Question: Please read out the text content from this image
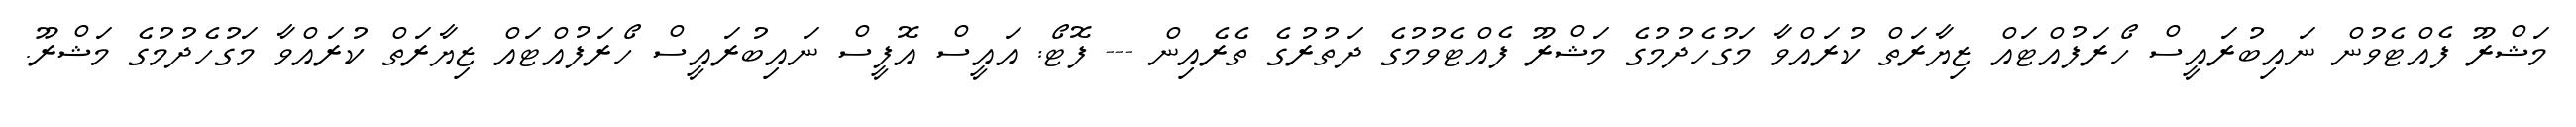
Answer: މަޝްރޫ ފެއްޓެވުން ނައިބުރައީސް ހޯރަފުއްޓައް ޒިޔާރަތް ކުރައްވާ މަގުހެދުމުގެ މަޝްރޫ ފެއްޓެވުމުގެ ދަތުރުގެ ތެރެއިން --- ފޮޓޯ: އައީސް އޮފީސް ނައިބުރައީސް ހޯރަފުއްޓައް ޒިޔާރަތް ކުރައްވާ މަގުހެދުމުގެ މަޝްރޫ.